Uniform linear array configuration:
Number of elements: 8
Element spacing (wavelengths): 0.5
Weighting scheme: cosine
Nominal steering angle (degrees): -60
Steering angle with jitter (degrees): -61.947
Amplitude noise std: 0.05
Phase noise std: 0.05

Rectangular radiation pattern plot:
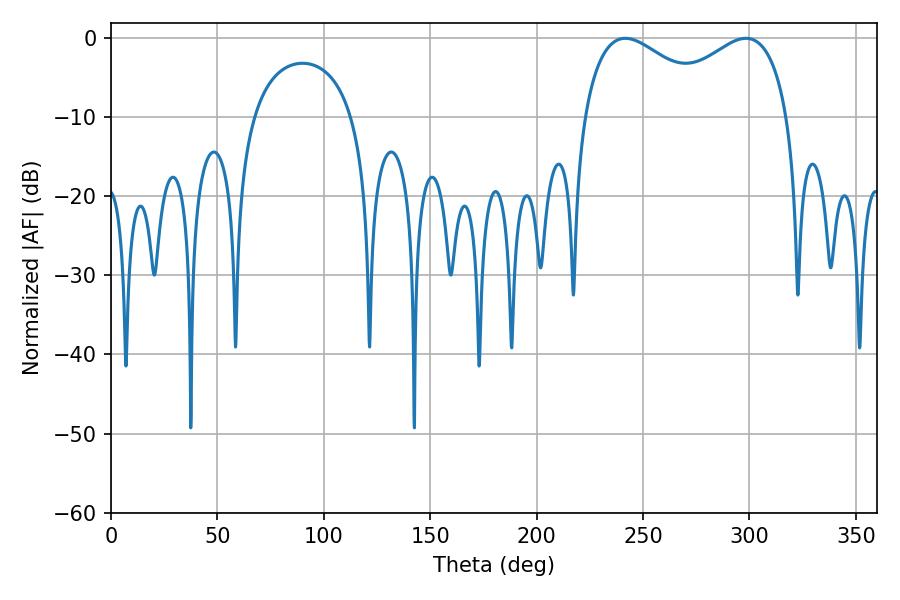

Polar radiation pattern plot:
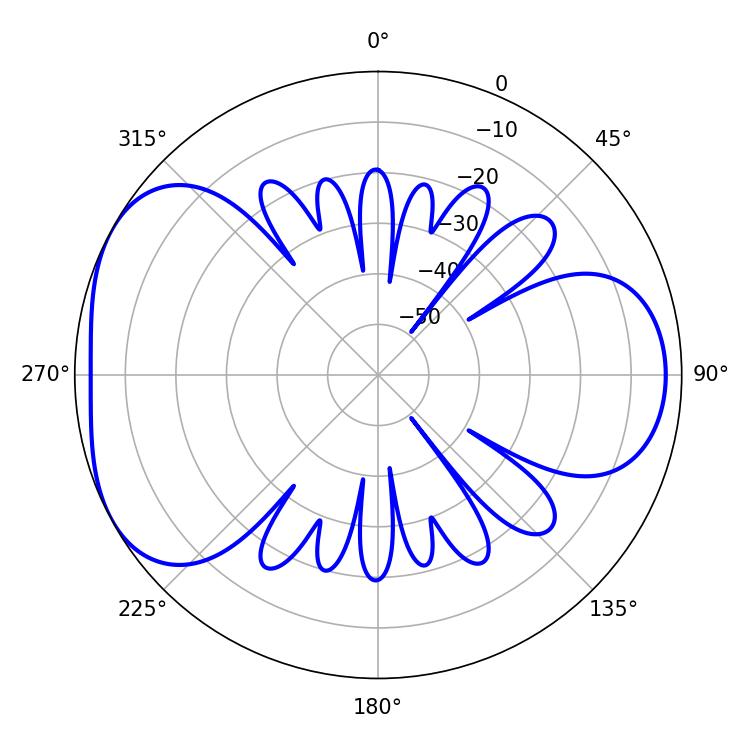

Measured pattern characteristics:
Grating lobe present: FALSE
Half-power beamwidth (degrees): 36.18
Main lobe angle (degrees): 241.74